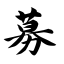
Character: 募